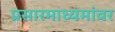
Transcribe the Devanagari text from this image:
प्रसारमाध्यमांवर